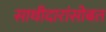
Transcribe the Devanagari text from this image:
साथीदारांसोबत